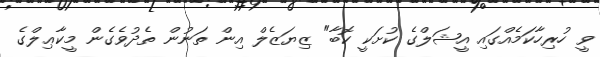
ވީ ހުރިހާކަމެއްގައި އީޝަލްގެ ކުށަކީ ކޮބާ" ޒިޔަޒެލް އިން ތަނުން ތެދުވެގެން މީކާޢިލްގެ